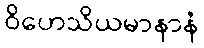
ဝိဟေသိယမာနာနံ